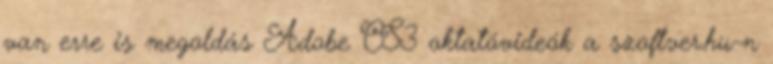
van erre is megoldás Adobe CS3 oktatóvideók a szoftver.hu-n